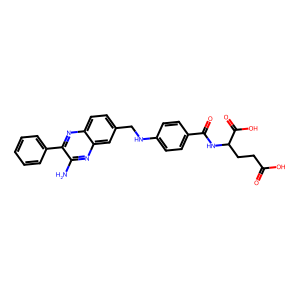
SMILES: Nc1nc2cc(CNc3ccc(C(=O)NC(CCC(=O)O)C(=O)O)cc3)ccc2nc1-c1ccccc1
Inhibits HIV replication: No